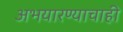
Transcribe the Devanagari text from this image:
अभयारण्याचाही